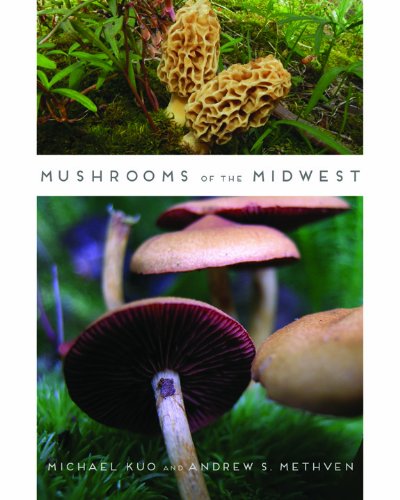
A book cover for Mushrooms of the Midwest; Michael Kuo; Science & Math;